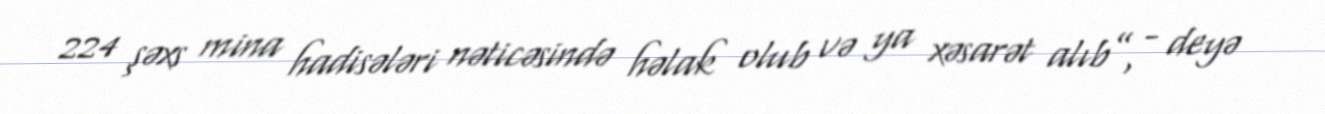
224 şəxs mina hadisələri nəticəsində həlak olub və ya xəsarət alıb”, - deyə